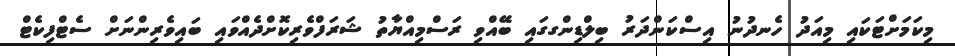
މިކަމަށްޓަކައި މިއަދު ހެނދުނު އިސްކަންދަރު ބިލްޑިންގގައި ބޭއްވި ރަސްމިއްޔާތު ޝަރަފްވެރިކޮށްދެއްވައި ބައިވެރިންނަށް ސެޓްފިކެޓް